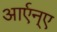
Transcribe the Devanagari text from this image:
आर्एन्ए